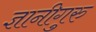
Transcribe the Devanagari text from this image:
ज्ञानीगुरु